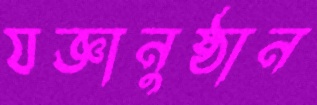
যজ্ঞানুষ্ঠান